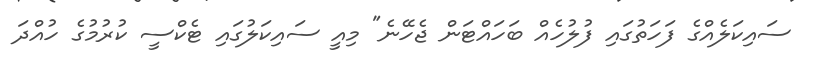
ސައިކަލެއްގެ ފަހަތުގައި ފުލުހެއް ބަހައްޓަން ޖެހޭނެ" މިއީ ސައިކަލުގައި ޓެކްސީ ކުރުމުގެ ހުއްދަ